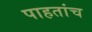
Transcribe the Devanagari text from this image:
पाहतांच